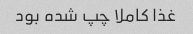
غذا کاملا چپ شده بود